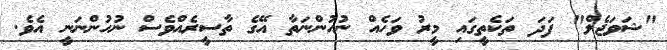
"ޝަވަޖެލް" ފަދަ ތަކެތީގައި މީރު ވަހެއް ނުހުންނަތާ އޭގެ ތާސީރެއްވެސް ނުހުންނަނީ އެވެ.